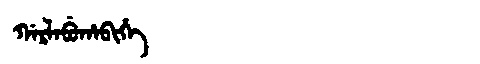
Manchu: ᡤᠠᡵᠯᠠᠪᡠᡥᠠᠪᡳᡥᡝ
Romanization: GARLABUHABIHE